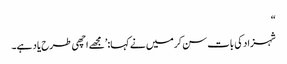
“
شہزاد کی بات سن کرمیں نے کہا:’مجھے اچھی طرح یاد ہے۔